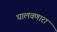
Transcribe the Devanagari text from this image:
घालवणारा